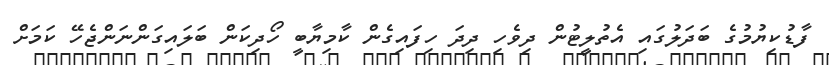
ފާޑުކިޔުމުގެ ބަދަލުގައި އެތުލީޓުން ދިވެހި ދިދަ ހިފައިގެން ކާމިޔާބީ ހޯދިކަން ބަލައިގަންނަންޖެހޭ ކަމަށް